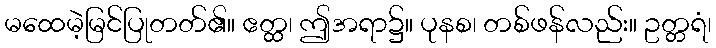
မထေမဲ့မြင်ပြုတတ်၏။ ဧတ္ထ၊ ဤအရာ၌။ ပုနစ၊ တစ်ဖန်လည်း။ ဥတ္တရံ၊